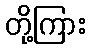
တို့ကြား